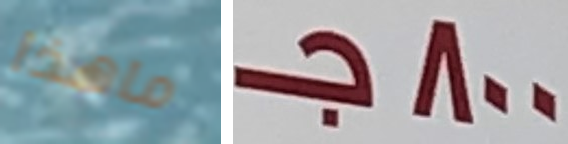
ماهذا 800جـ